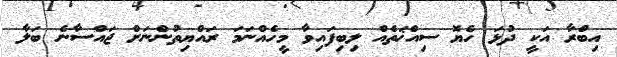
އިބްރާ އަކީ ދުޅަ ހެޔޮ ސިއްޚަތެއް ލިބިފައިވާ މީހެއްނަމަ ރައްޔިތުންނަށް ޖައްސާނެ ބަލާ